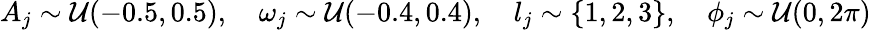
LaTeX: A_{j}\sim\mathcal{U}(-0.5,0.5),\quad\omega_{j}\sim\mathcal{U}(-0.4,0.4),\quad l_{j}\sim\{ 1,2,3\} ,\quad\phi_{j}\sim\mathcal{U}(0,2\pi)